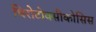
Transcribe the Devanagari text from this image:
थिरोटोक्सीकोसिस